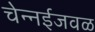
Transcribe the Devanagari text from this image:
चेन्‍नईजवळ